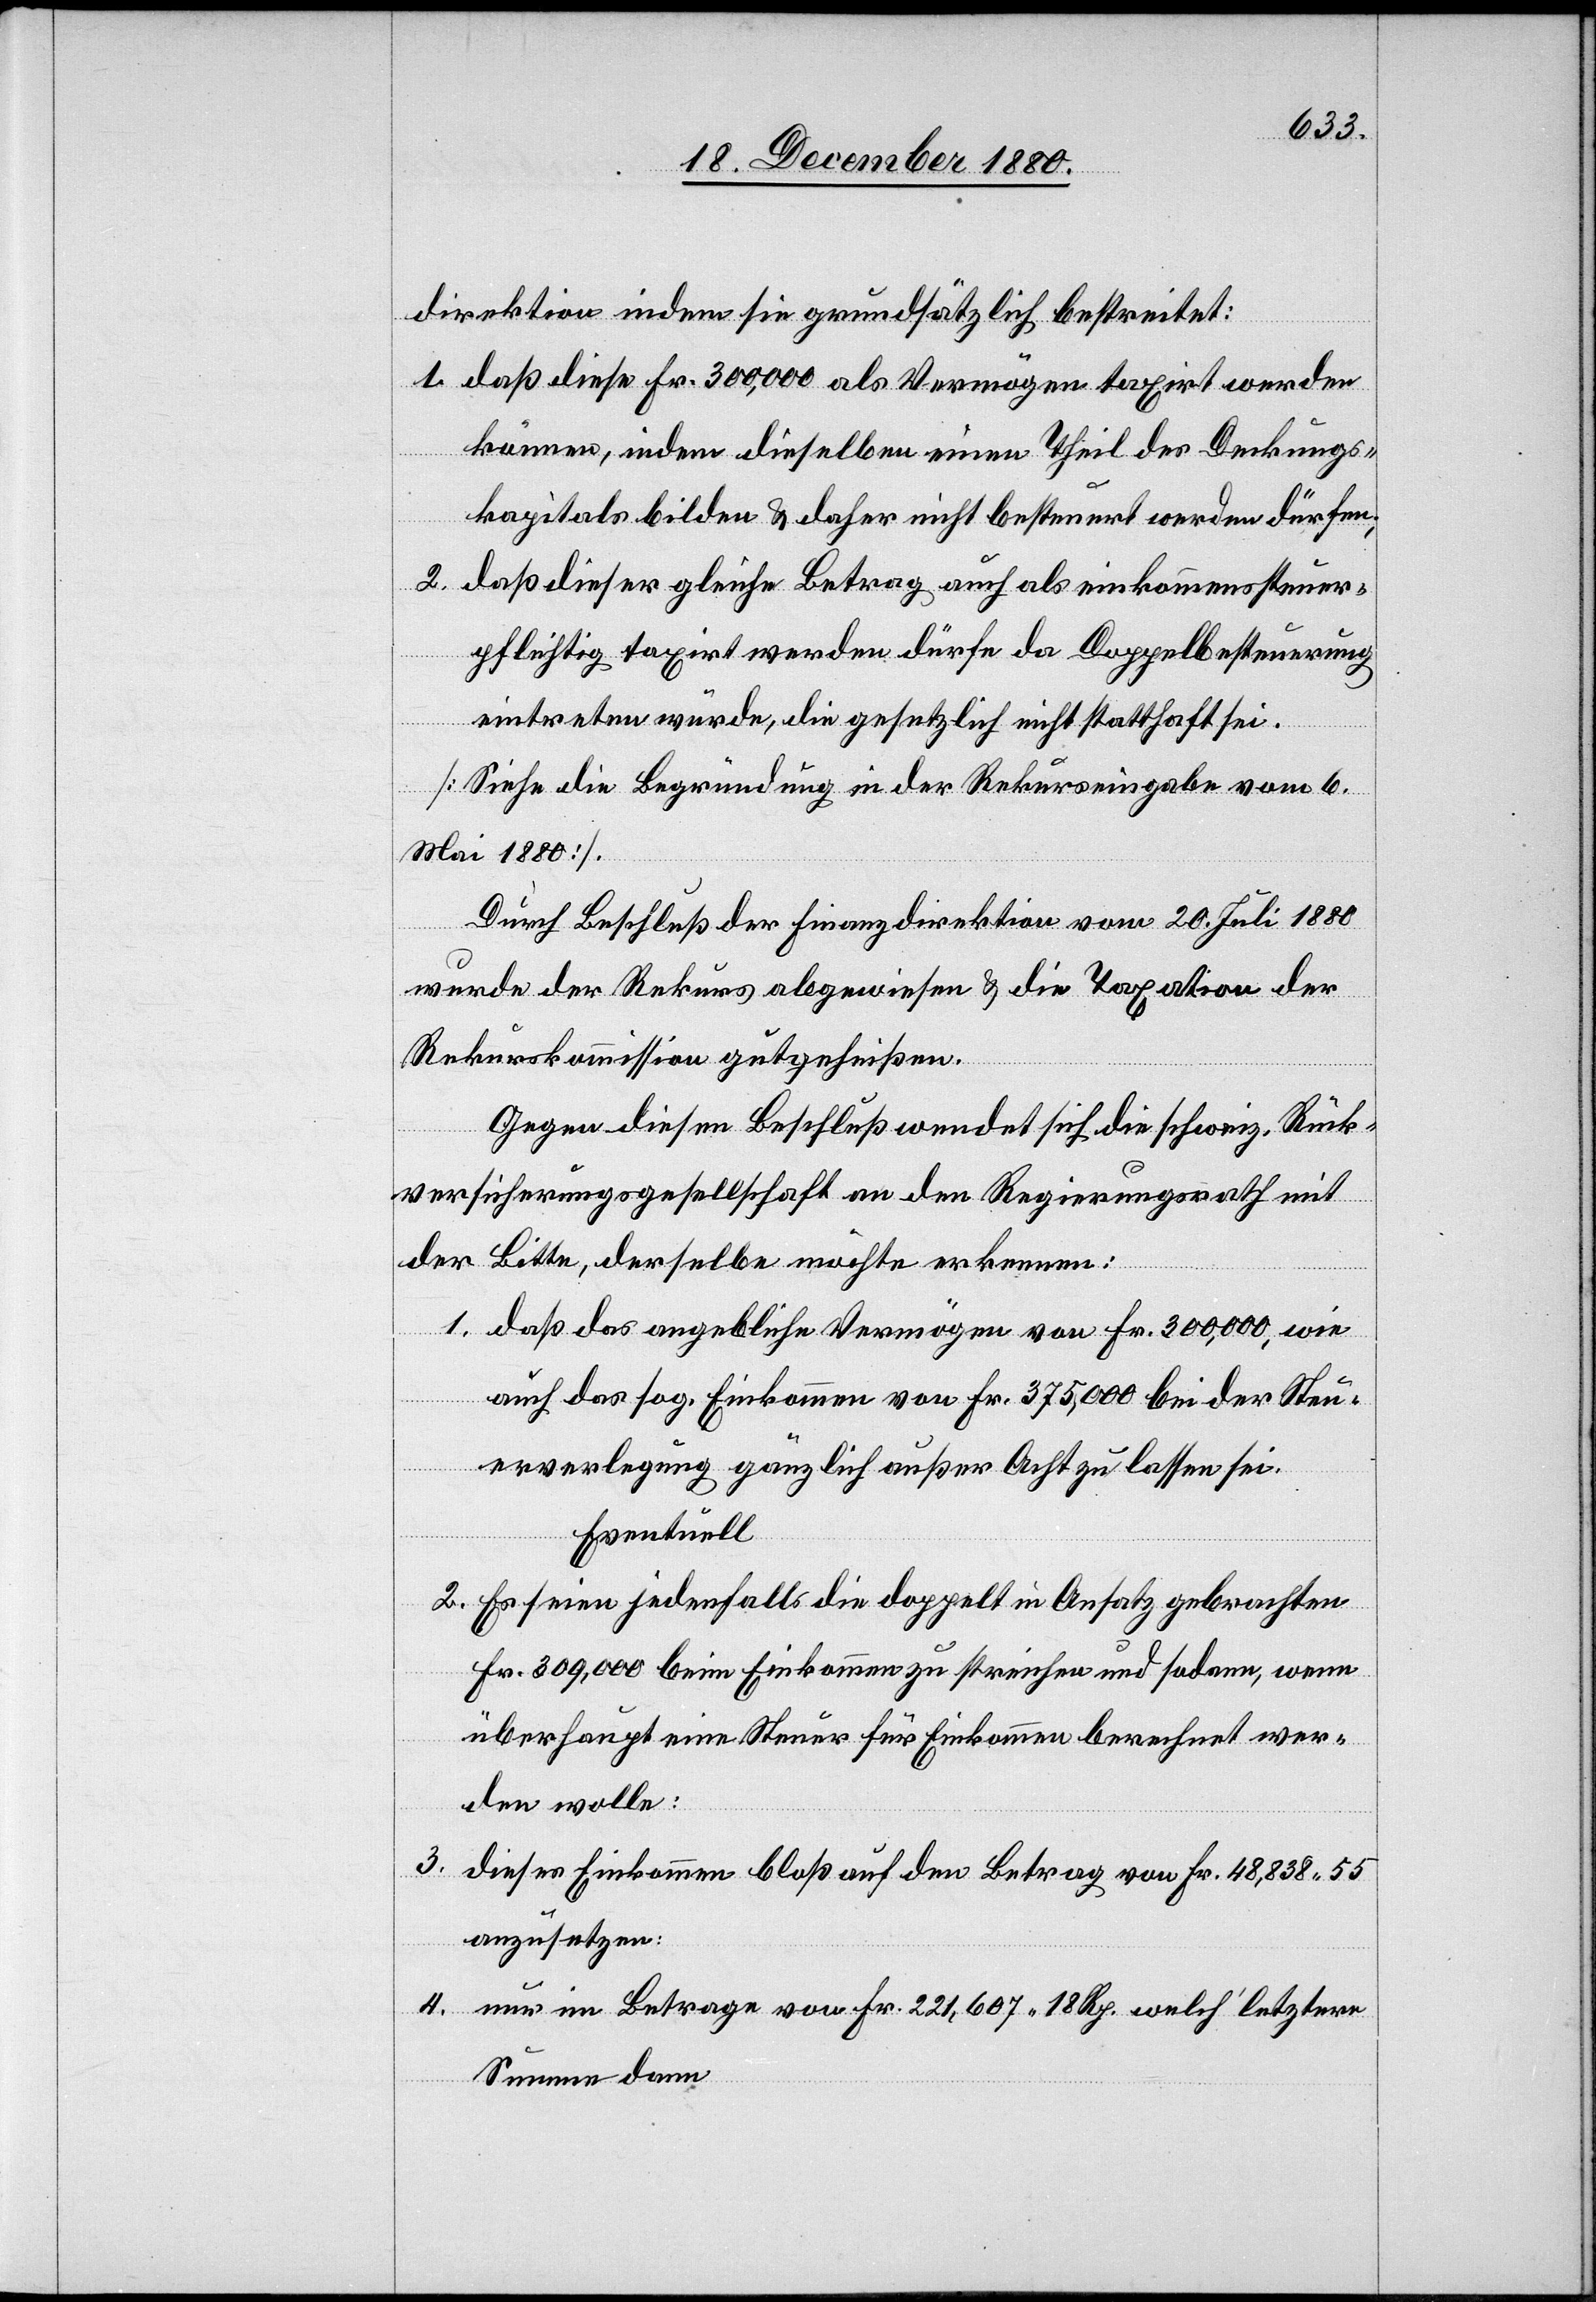
direktion indem sie grundsätzlich bestreitet:
1. daß diese Fr. 300,000 als Vermögen taxirt werden
können, indem dieselben einen Theil des Deckungs¬
kapitals bilden & daher nicht besteuert werden dürfen;
2. daß dieser gleiche Betrag auch als einkommenssteuer¬
pflichtig taxirt werden dürfe da Doppelbesteuerung
eintreten würde, die gesetzlich nicht statthaft sei.
[Siehe die Begründung in der Rekurseingabe vom 6.
Mai 1880].
Durch Beschluß der Finanzdirektion vom 20. Juli 1880
wurde der Rekurs abgewiesen & die Taxation der
Rekurskommission gutgeheißen.
Gegen diesen Beschluß wendet sich die schweiz. Rück¬
versicherungsgesellschaft an den Regierungsrath mit
der Bitte, derselbe möchte erkennen:
1. daß das angebliche Vermögen von Fr. 300,000, wie
auch das sog. Einkommen von Fr. 375,000 bei der Steu¬
erverlegung gänzlich außer Acht zu lassen sei.
Eventuell
2. Es seien jedenfalls die doppelt in Ansatz gebrachten
Fr. 309,000 beim Einkommen zu streichen und sodann, wenn
überhaupt eine Steuer für Einkommen berechnet wer¬
den wolle:
3.
dieses Einkommen bloß auf den Betrag von Fr. 48,838 55
anzusetzen:
4. nur im Betrage von Fr. 221,607 18 Rp. welch‘ letztere
Summe dann